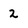
Character: 2